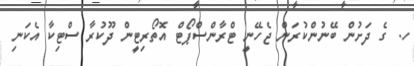
ހ. ގެ ދަށުން ބޭނުންކުރަން ޖެހޭނީ ޓްރާންސްޕޯޓް އޮތޯރިޓީން ދޫކުރާ ސްޓިކާ އެކަނި